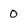
Character: 0